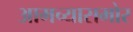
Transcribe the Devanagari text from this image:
आमच्यासमोर